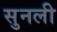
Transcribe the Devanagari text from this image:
सुनली